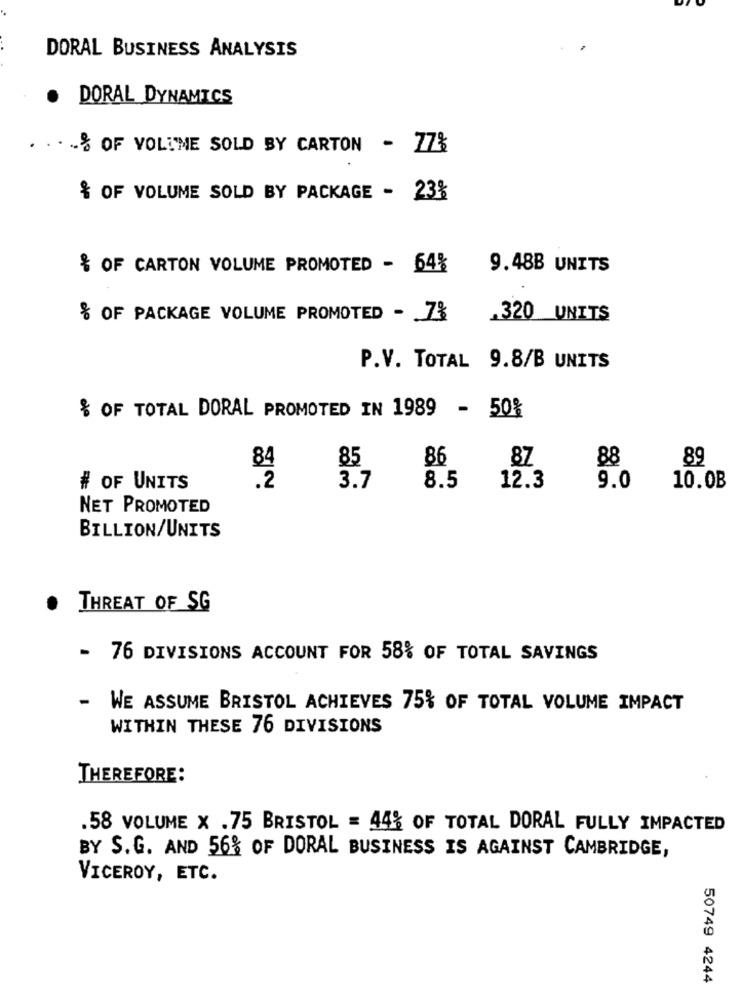
DORAL BUSINESS ANALYSIS
.
DORAL DYNAMICS
% OF VOLIME SOLD BY CARTON - 77%
& OF VOLUME SOLD BY PACKAGE - 23%
& OF CARTON VOLUME PROMOTED - 64%
9.48B UNITS
% OF PACKAGE VOLUME PROMOTED - 7%
.320 UNITS
P.V. TOTAL 9.8/B UNITS
$ OF TOTAL DORAL PROMOTED IN 1989 - 50%
84
85
86
87
88
89
# OF UNITS
.2
3.7
8.5
12.3
9.0
10.0B
NET PROMOTED
BILLION/UNITS
THREAT OF SG
- 76 DIVISIONS ACCOUNT FOR 58% OF TOTAL SAVINGS
- WE ASSUME BRISTOL ACHIEVES 75% OF TOTAL VOLUME IMPACT
WITHIN THESE 76 DIVISIONS
THEREFORE:
.58 VOLUME X .75 BRISTOL = 44% OF TOTAL DORAL FULLY IMPACTED
BY S.G. AND 56% OF DORAL BUSINESS IS AGAINST CAMBRIDGE,
VICEROY, ETC.
50749 4244